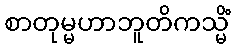
စာတုမ္မဟာဘူတိကသ္မိံ